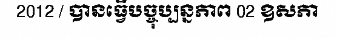
2012 / បានធ្វើបច្ចុប្បន្នភាព 02 ឧសភា